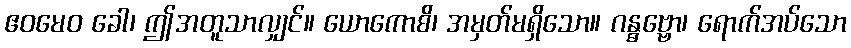
ဧဝမေဝ ခေါ၊ ဤအတူသာလျှင်။ ယောကောစိ၊ အမှတ်မရှိသော။ ဂန္ဓဗ္ဗော၊ ရောက်အပ်သော